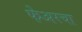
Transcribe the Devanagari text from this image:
फेअरचा